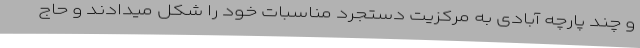
و چند پارچه آبادی به مرکزیت دستجرد مناسبات خود را شکل میدادند و حاج